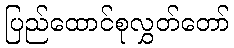
ပြည်ထောင်စုလွှတ်တော်